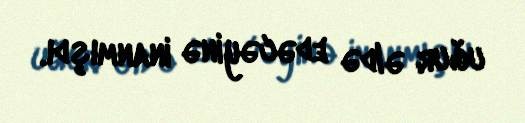
uğur əldə edəcəyinə inanmışdı.